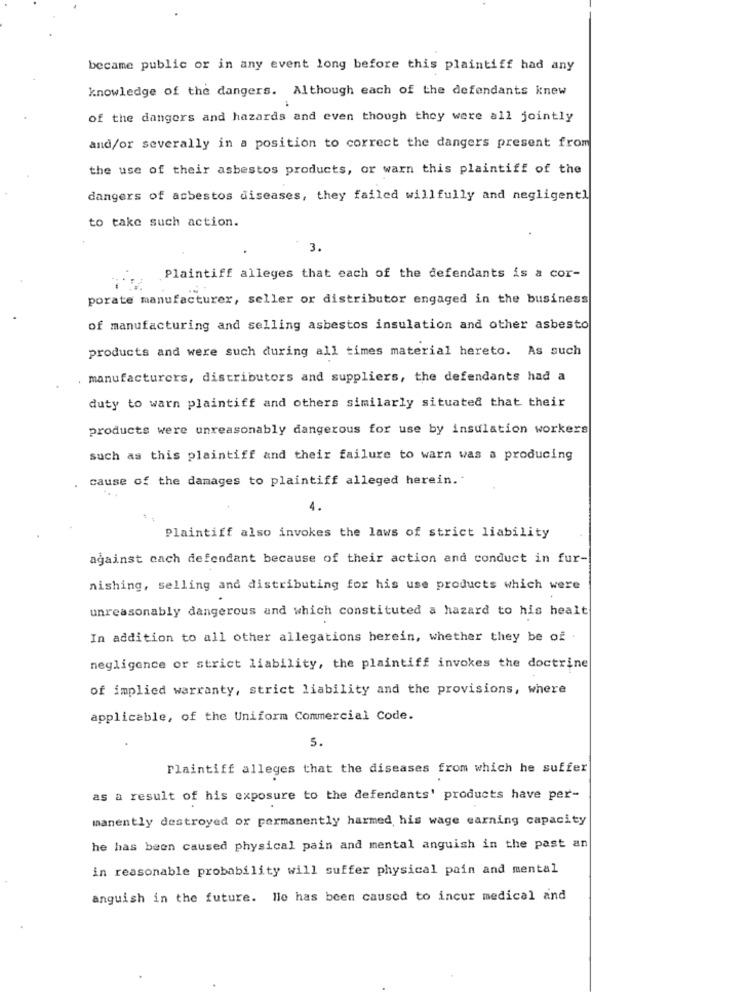
became public or in any event long before this plaintiff had any
knowledge of the dangers. Although each of the defendants knew
of the dangers and hazards and even though they were all jointly
and/or severally in a position to correct the dangers present from
the use of their asbestos products, or warn this plaintiff of the
dangers of asbestos diseases, they failed willfully and negligentl
to take such action.
3.
Plaintiff alleges that each of the defendants is a cor-
porate manufacturer, seller or distributor engaged in the business
of manufacturing and selling asbestos insulation and other asbesto
products and were such during all times material hereto. As such
manufacturers, distributors and suppliers, the defendants had a
duty to warn plaintiff and others similarly situated that their
products were unreasonably dangerous for use by insulation workers
such as this plaintiff and their failure to warn was a producing
cause of the damages to plaintiff alleged herein."
4.
Plaintiff also invokes the laws of strict liability
against cach defendant because of their action and conduct in fur-
nishing, selling and distributing for his use products which were
unreasonably dangerous and which constituted a hazard to his healt
In addition to all other allegations berein, whether they be of -
negligence or strict liability, the plaintiff invokes the doctrine
of implied warranty, strict liability and the provisions, where
applicable, of the Uniform Commercial Code.
5.
Plaintiff alleges that the diseases from which he suffer
as a result of his exposure to the defendants' products have per-
manently destroyed or permanently harmed, his wage earning capacity
he has been caused physical pain and mental anguish in the past an
in reasonable probability will suffer physical pain and mental
anguish in the future. lle has been caused to incur medical and